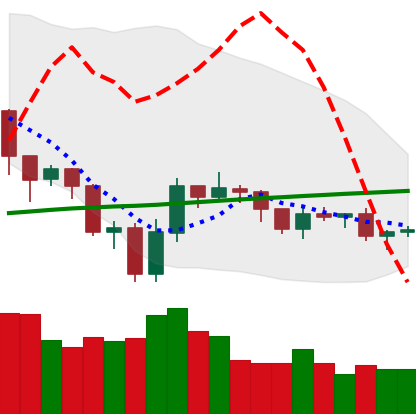
Ticker: LTC-USD
Chart end date: 2019-07-29
Forward return: 4.594%
Label: up_3_5